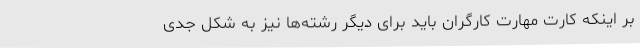
بر اینکه کارت مهارت کارگران باید برای دیگر رشته‌ها نیز به شکل جدی